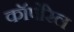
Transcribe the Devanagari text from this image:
कॉर्पोरेल